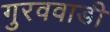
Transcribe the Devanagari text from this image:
गुरववाडी